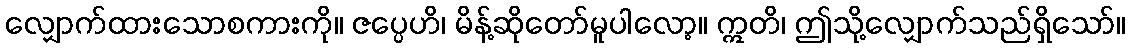
လျှောက်ထားသောစကားကို။ ဇပ္ပေဟိ၊ မိန့်ဆိုတော်မူပါလော့။ ဣတိ၊ ဤသို့လျှောက်သည်ရှိသော်။